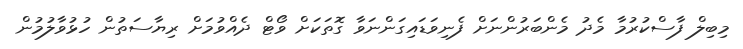
މިބިލް ފާސްކުރުމާ މެދު މެންބަރުންނަށް ފެނިވަޑައިގަންނަވާ ގޮތަކަށް ވޯޓް ދެއްވުމަށް ރިޔާސަތުން ހުޅުވާލުމުން